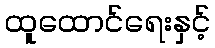
ထူထောင်ရေးနှင့်